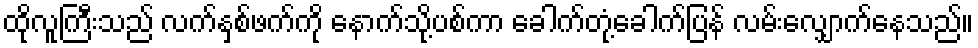
ထိုလူကြီးသည် လက်နှစ်ဖက်ကို နောက်သို့ပစ်ကာ ခေါက်တုံ့ခေါက်ပြန် လမ်းလျှောက်နေသည်။